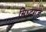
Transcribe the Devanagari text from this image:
सिध्दगड